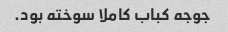
جوجه کباب کاملا سوخته بود.